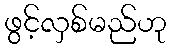
ဖွင့်လှစ်မည်ဟု